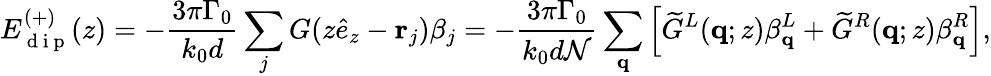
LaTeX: E_{\mathrm{~d~i~p~}}^{(+)}(z)=-\frac{3\pi\Gamma_{0}}{k_{0}d}\sum_{j}G(z\hat{e}_{z}-\mathbf{r}_{j})\beta_{j}=-\frac{3\pi\Gamma_{0}}{k_{0}d\mathcal{N}}\sum_{\mathbf{q}}\left[\widetilde{G}^{L}(\mathbf q;z)\beta_{\mathbf q}^{L}+\widetilde{G}^{R}(\mathbf q;z)\beta_{\mathbf q}^{R}\right],